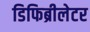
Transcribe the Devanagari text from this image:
डिफिब्रीलेटर